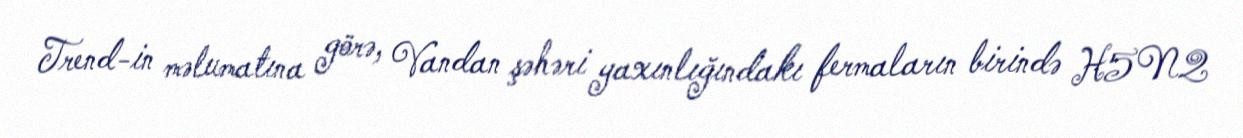
Trend-in məlumatına görə, Vandan şəhəri yaxınlığındakı fermaların birində H5N2